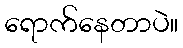
ရောက်နေတာပဲ။